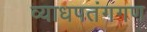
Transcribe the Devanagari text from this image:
व्याधपतंगगण